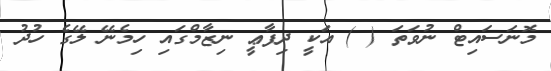
މޮނަސައިޓް ނުވަތަ ( ) އަކީ ދިފާޢީ ނިޒާމްގައި ހިމެނޭ ލޭގެ ހުދު